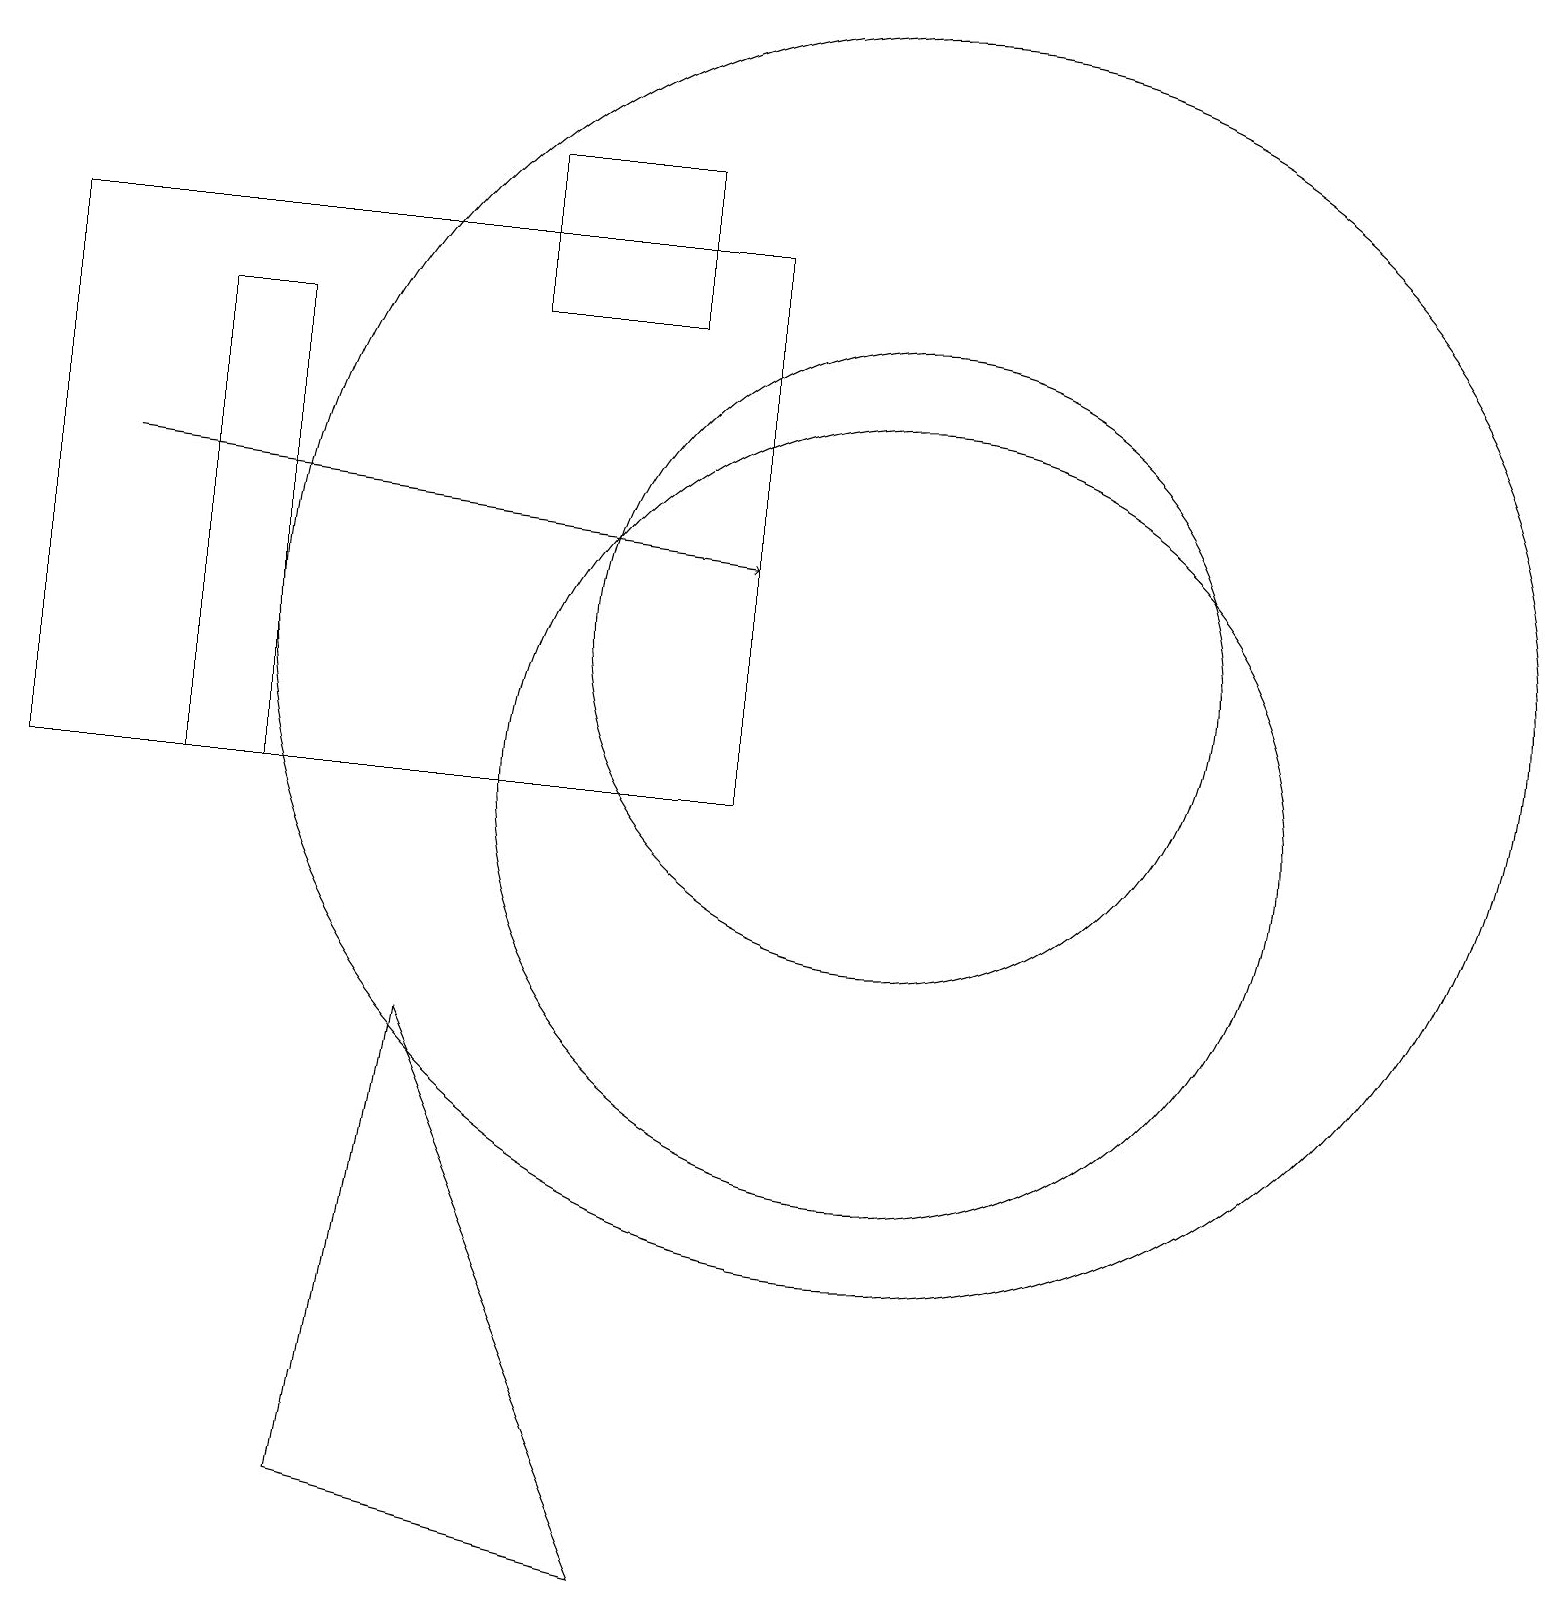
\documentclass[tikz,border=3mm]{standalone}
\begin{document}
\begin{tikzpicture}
\draw[->] (1,14) -- (9,13);
\draw (11,12) circle (8);
\draw (2,10) rectangle (3,16);
\draw (4,1) -- (8,0) -- (5,7) -- cycle;
\draw (8,18) rectangle (6,16);
\draw (11,12) circle (4);
\draw (9,17) rectangle (0,10);
\draw (11,10) circle (5);
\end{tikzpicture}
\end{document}